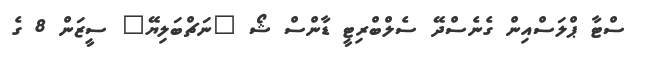
ސްޓާ ޕްލަސްއިން ގެނެސްދޭ ސެލްބްރިޓީ ޑާންސް ޝޯ "ނަޗްބަލިޔޭ" ސީޒަން 8 ގެ